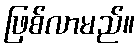
ဖြစ်လာမည်။